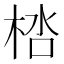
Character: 𣒩